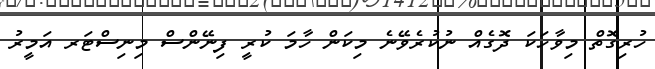
ހުރިގޮތް މިވާހަކަ ދޮގެއް ނުކުރެވޭނެ މިކަން ހާމަ ކުރީ ފިނޭންސް މިނިސްޓަރ އަމީރު